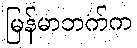
မြန်မာဘက်က